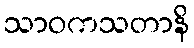
သာဝကသတာနိ